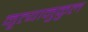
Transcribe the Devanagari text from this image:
नृत्यानुकुल